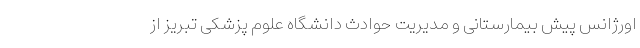
اورژانس پیش بیمارستانی و مدیریت حوادث دانشگاه علوم پزشکی تبریز از